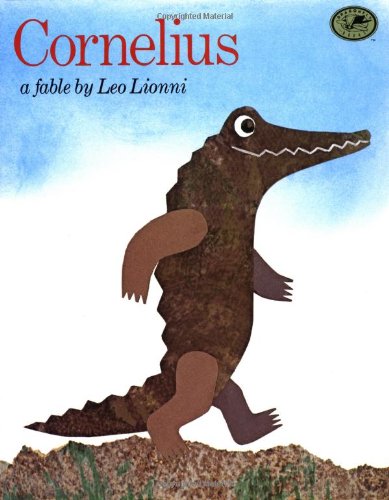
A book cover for Cornelius (Dragonfly Books); Leo Lionni; Children's Books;